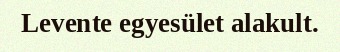
Levente egyesület alakult.